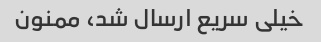
خیلی سریع ارسال شد، ممنون